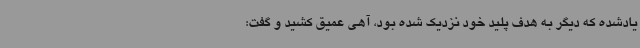
یادشده که دیگر به هدف پلید خود نزدیک شده بود، آهی عمیق کشید و گفت: